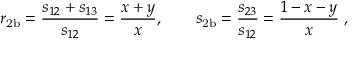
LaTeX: r _ { \mathrm { 2 b } } = \frac { s _ { 1 2 } + s _ { 1 3 } } { s _ { 1 2 } } = \frac { x + y } { x } , \qquad s _ { \mathrm { 2 b } } = \frac { s _ { 2 3 } } { s _ { 1 2 } } = \frac { 1 - x - y } { x } \; ,